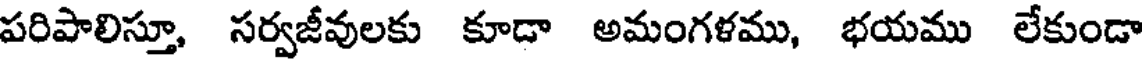
పరిపాలిస్తూ, సర్వజీవులకు కూడా అమంగళము, భయము లేకుండా